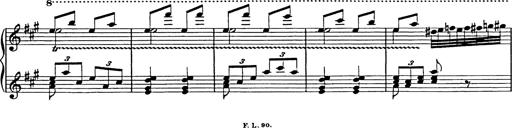
Title: Galop in A minor
Composer: Franz Liszt
Key: A minor